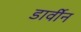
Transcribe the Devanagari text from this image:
डार्वीन